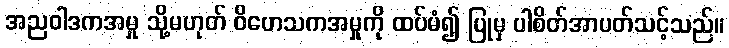
အညဝါဒကအမှု သို့မဟုတ် ဝိဟေသကအမှုကို ထပ်မံ၍ ပြုမှ ပါစိတ်အာပတ်သင့်သည်။